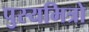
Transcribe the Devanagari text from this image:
पुस्यमित्रो